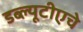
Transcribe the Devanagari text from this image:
डब्ल्यूटीएचे